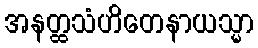
အနတ္ထသံဟိတေနာယသ္မာ